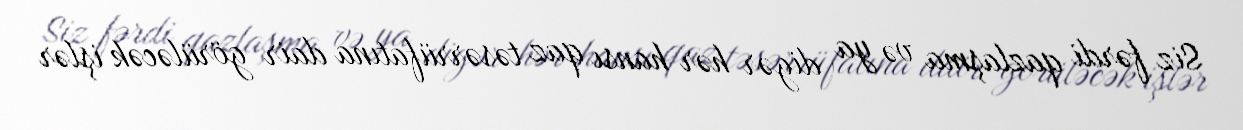
Siz fərdi qazlaşma və ya digər hər hansı qaz təsərrüfatına dair görüləcək işlər